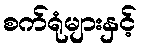
စက်ရုံများနှင့်